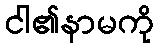
ငါ၏နာမကို